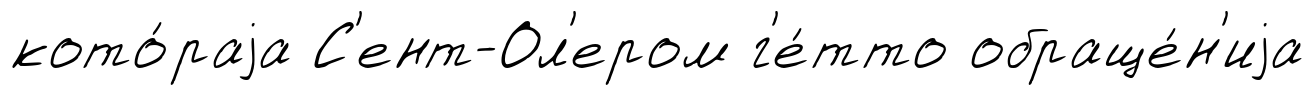
кото́раjа С'ент-Ол'ером г'е́тто обраще́н'иjа